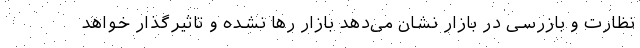
نظارت و بازرسی در بازار نشان می‌دهد بازار رها نشده و تاثیرگذار خواهد